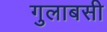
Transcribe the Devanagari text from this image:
गुलाबसी